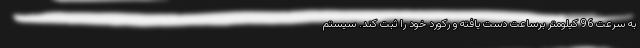
به سرعت 96 کیلومتر برساعت دست یافته و رکورد خود را ثبت کند. سیستم